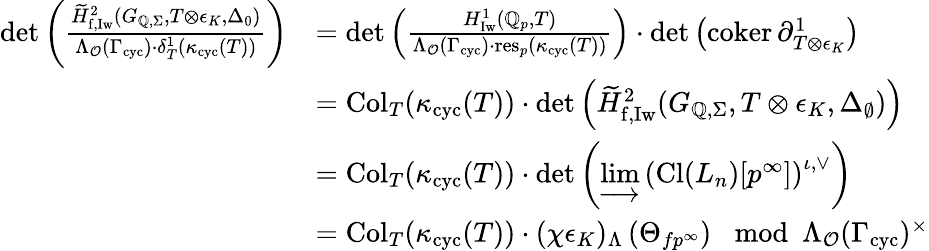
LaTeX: \begin{array}{r}{\begin{array}{rl}{\operatorname*{det}\left(\frac{\widetilde{H}_{\mathrm{f,Iw}}^{2}(G_{\mathbb{Q},\Sigma},T\otimes\epsilon_{K},\Delta_{0})}{\Lambda_{\mathcal{O}}(\Gamma_{\textup{cyc}})\cdot\delta_{T}^{1}(\kappa_{\textup{cyc}}(T))}\right)}&{=\operatorname*{det}\left(\frac{{H}_{\mathrm{Iw}}^{1}(\mathbb{Q}_{p},T)}{\Lambda_{\mathcal{O}}(\Gamma_{\textup{cyc}})\cdot\textup{res}_{p}(\kappa_{\textup{cyc}}(T))}\right)\cdot\operatorname*{det}\left(\mathrm{coker}\, \partial_{T\otimes\epsilon_{K}}^{1}\right)}\\ &{=\mathrm{Col}_{T}(\kappa_{\textup{cyc}}(T))\cdot\operatorname*{det}\left(\widetilde{H}_{\mathrm{f,Iw}}^{2}(G_{\mathbb{Q},\Sigma},T\otimes\epsilon_{K},\Delta_{\emptyset})\right)}\\ &{=\mathrm{Col}_{T}(\kappa_{\textup{cyc}}(T))\cdot\operatorname*{det}\left(\varinjlim\left(\mathrm{Cl}({L_{n}})[p^{\infty}]\right)^{\iota,\vee}\right)}\\ &{=\mathrm{Col}_{T}(\kappa_{\textup{cyc}}(T))\cdot(\chi\epsilon_{K})_{\Lambda}\left(\Theta_{fp^{\infty}}\right)\mod\Lambda_{\mathcal{O}}(\Gamma_{\textup{cyc}})^{\times}}\end{array}}\end{array}